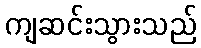
ကျဆင်းသွားသည်